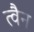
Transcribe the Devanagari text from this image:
त्वैन